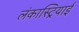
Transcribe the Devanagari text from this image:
लंकास्ट्रियाई